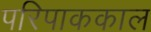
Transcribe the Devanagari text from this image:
परिपाककाल